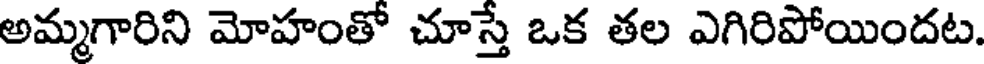
అమ్మగారిని మోహంతో చూస్తే ఒక తల ఎగిరిపోయిందట.